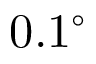
0 . 1 ^ { \circ }